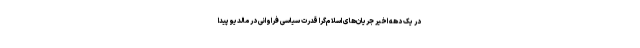
در یک دهه اخیر جریان‌های اسلام‌گرا قدرت سیاسی فراوانی در مالدیو پیدا